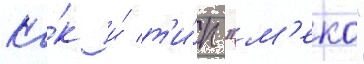
Ка́к и́ т'и́п "м'еко"